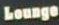
Lounge